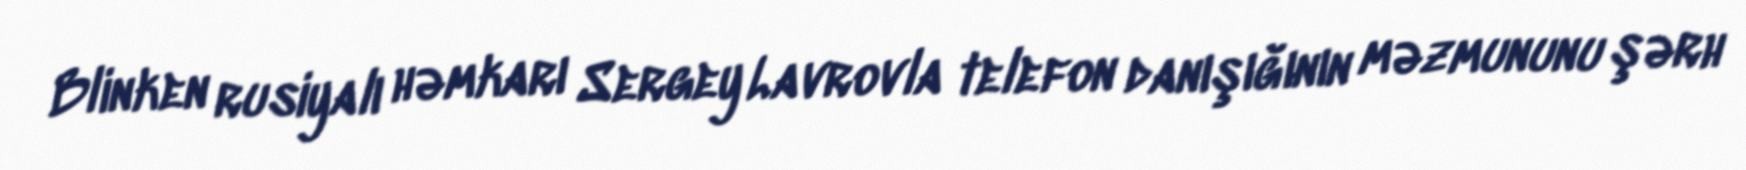
Blinken rusiyalı həmkarı Sergey Lavrovla telefon danışığının məzmununu şərh